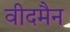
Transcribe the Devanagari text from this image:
वीदमैन